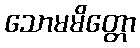
သောမမိတ္တော